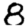
Digit: 8